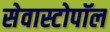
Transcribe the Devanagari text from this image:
सेवास्टोपॉल